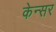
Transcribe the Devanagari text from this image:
केन्सर